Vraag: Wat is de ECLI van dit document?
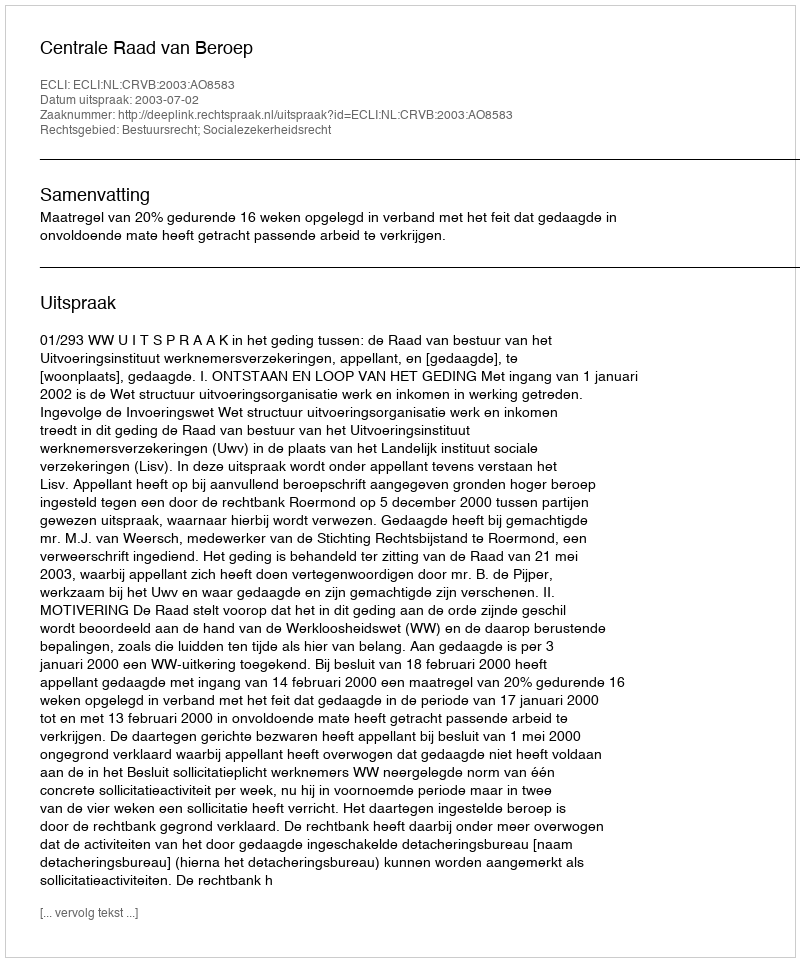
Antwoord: ECLI:NL:CRVB:2003:AO8583